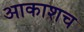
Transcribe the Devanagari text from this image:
आकाशच